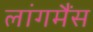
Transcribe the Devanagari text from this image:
लांगमैंस